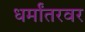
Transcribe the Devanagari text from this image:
धर्मांतरवर